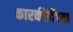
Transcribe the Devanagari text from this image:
कारकीर्दिच्या